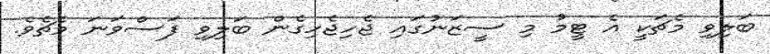
ބަލިވި މެޗަކީ އެ ޓީމު މި ސީޒަނުގައި ޖެހިޖެހިގެން ބަލިވި ފަސްވަނަ މެޗެވެ.